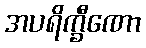
အပရိက္ခီဏော